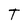
Character: T